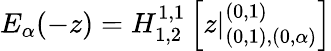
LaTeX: E_{\alpha}(-z)=H_{1,2}^{1,1}\left[z|_{(0,1),(0,\alpha)}^{(0,1)}\right]